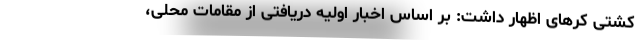
کشتی کرهای اظهار داشت: بر اساس اخبار اولیه دریافتی از مقامات محلی،